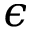
\epsilon